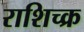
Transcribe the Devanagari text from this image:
राशिच्क्र